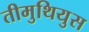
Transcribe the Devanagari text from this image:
तीमुथियुस